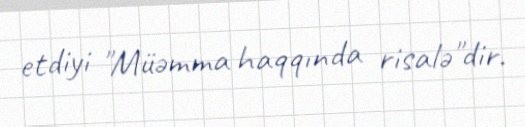
etdiyi "Müəmma haqqında risalə"dir.